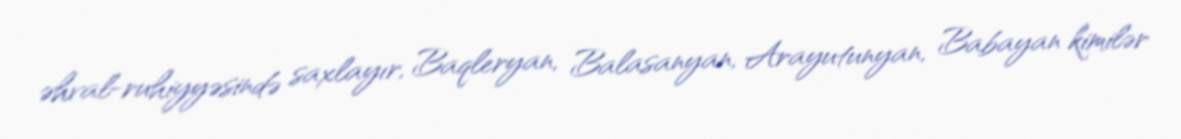
əhval-ruhiyyəsində saxlayır, Baqleryan, Balasanyan, Arayutunyan, Babayan kimilər